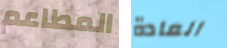
المطاعم العادة